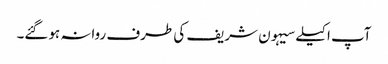
آپ اکیلے سیہون شریف کی طرف روانہ ہوگئے۔